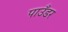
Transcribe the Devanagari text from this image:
पाउँडर